Education (Scotland) Act, 1918, 1918
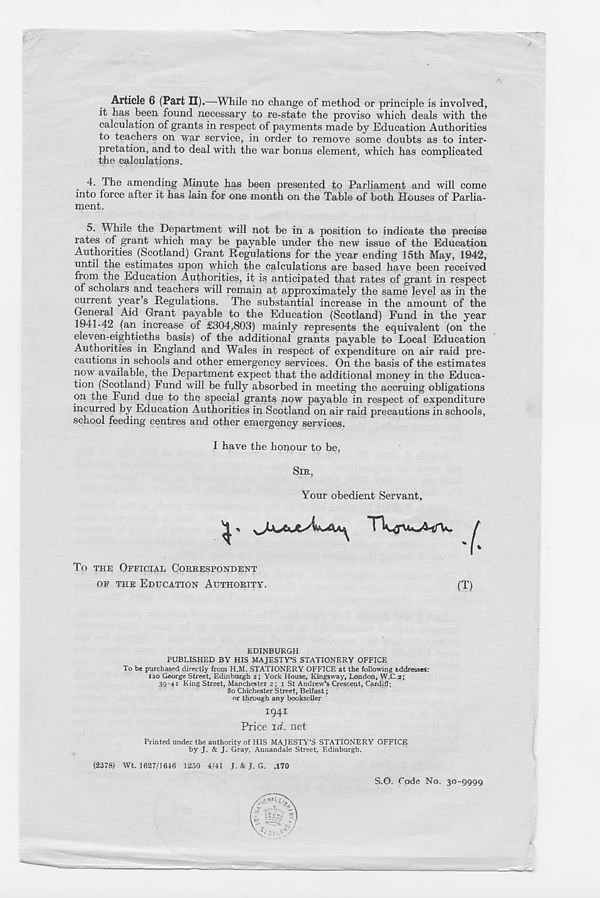
Article 6 (Part II).—While no change of method or principle is involved,
it has been found necessary to re-state the proviso which deals with the
calculation of grants in respect of payments made by Education Authorities
to teachers on war service, in order to remove some doubts as to inter-
pretation, and to deal with the war bonus element, which has complicated
the calculations.
4. The amending Minute has been presented to Parliament and will come
into force after it has lain for one month on the Table of both Houses of Parlia-
ment.
5. While the Department will not be in a position to indicate the precise
rates of grant which may be payable under the new issue of the Education
Authorities (Scotland) Grant Regulations for the year ending 15th May, 1942,
until the estimates upon which the calculations are based have been received
from the Education Authorities, it is anticipated that rates of grant in respect
of scholars and teachers will remain at approximately the same level as in the
current year s Regulations. The substantial increase in the amount of the
General Aid Grant payable to the Education (Scotland) Fund in the year
1941-42 (an increase of £304,803) mainly represents the equivalent (on the
eleven-eightieths basis) of the additional grants payable to Local Education
Authorities in England and Wales in respect of expenditure on air raid pre-
cautions in schools and other emergency services. On the basis of the estimates
now available, the Department expect that the additional money in the Educa-
tion (Scotland) Fund will be fully absorbed in meeting the accruing obligations
on the Fund due to the special grants now payable in respect of expenditure
incurred by Education Authorities in Scotland on air raid precautions in schools,
school feeding centres and other emergency services.
I have the honour to be,
SIR,
Your obedient Servant
To THE OFFICIAL CORRESPONDENT
OF THE EDUCATION AUTHORITY.
(T)
EDINBURGH
PUBLISHED BY HIS MAJESTY’S STATIONERY OFFICE
To be purchased directly from H.M. STATIONERY OFFICE at the following addresses:
120 George Street, Edinburgh 2; York House, Kingsway, London, W.C.2;
39-41 King Street, Manchester 2 ; x St Andrew’s Crescent, Cardiff;
80 Chichester Street, Belfast;
or through any bookseller
1941
Price id. net
Printed under the authority of HIS MAJESTY’S STATIONERY OFFICE
by J- & J. Gray, Annandale Street, Edinburgh.
(2378) Wt. 1627/1646 1250 4/41 J. & J. G. .170
S.G. Code No. 30-9999